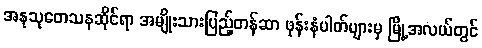
အနုသုတေသနဆိုင်ရာ အမျိုးသားပြည့်တန်ဆာ ဖုန်းနံပါတ်များမှ မြို့အလယ်တွင်